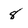
Character: 8